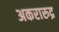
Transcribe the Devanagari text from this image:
अकरारुद्र